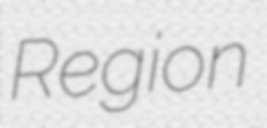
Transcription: Region